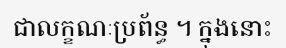
ជាលក្ខណៈប្រព័ន្ធ ។ ក្នុងនោះ